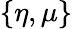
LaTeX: \{ \eta,\mu\}